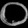
Digit: ၀